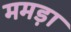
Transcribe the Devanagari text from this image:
ममड़ा